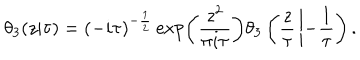
\theta _ { 3 } ( z | \tau ) = ( - i \tau ) ^ { - { \frac { 1 } { 2 } } } \exp \left( { \frac { z ^ { 2 } } { \pi i \tau } } \right) \theta _ { 3 } \left( { \frac { z } { \tau } } \left| - { \frac { 1 } { \tau } } \right. \right) .